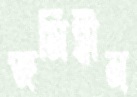
জমিহীন